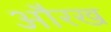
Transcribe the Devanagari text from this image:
औरख